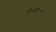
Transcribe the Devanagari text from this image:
दिग्घीकला